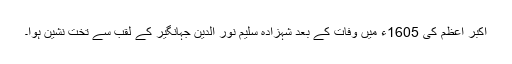
اکبر اعظم کی 1605ء میں وفات کے بعد شہزادہ سلیم نور الدین جہانگیر کے لقب سے تخت نشین ہوا۔